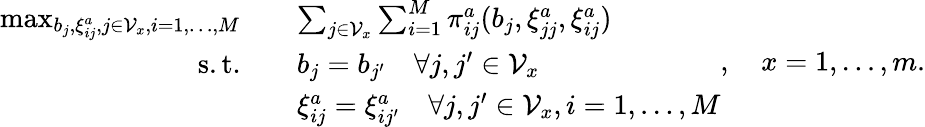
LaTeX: \begin{array}{rl}{\operatorname*{max}_{b_{j},\xi_{ij}^{a},j\in\mathcal{V}_{x},i=1,\dots,M}\quad}&{\sum_{j\in\mathcal{V}_{x}}\sum_{i=1}^{M}\pi_{ij}^{a}(b_{j},\xi_{jj}^{a},\xi_{ij}^{a})}\\ {\mathrm{s.t.}\quad}&{b_{j}=b_{j^{\prime}}\quad\forall j,j^{\prime}\in\mathcal{V}_{x}}\\ &{\xi_{ij}^{a}=\xi_{ij^{\prime}}^{a}\quad\forall j,j^{\prime}\in\mathcal{V}_{x},i=1,\dots,M}\end{array},\quad x=1,\dots,m.